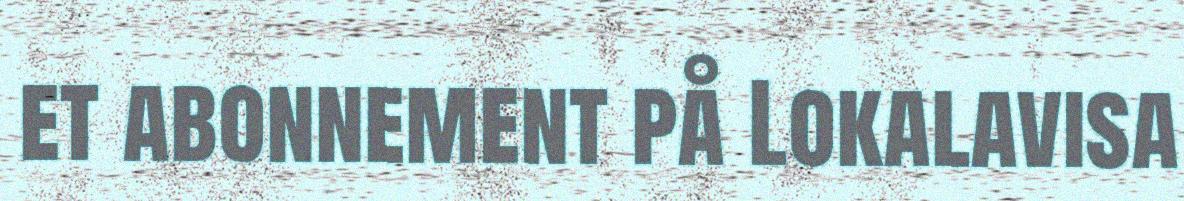
et abonnement på Lokalavisa